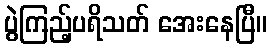
ပွဲကြည့်ပရိသတ် အေးနေပြီ။